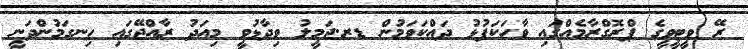
ރޭ ވީޓީވީގެ ޕްރޮގްރާމެއްގައި ވާހަކަފުޅު ދައްކަވަމުން ޑރ.ޖަމީލު ވިދާޅުވީ މިއަދު ރާއްޖޭގައި ހިނގަމުންދަނީ